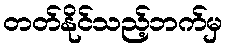
တတ်နိုင်သည့်ဘက်မှ